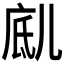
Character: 𱏥